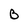
Character: B